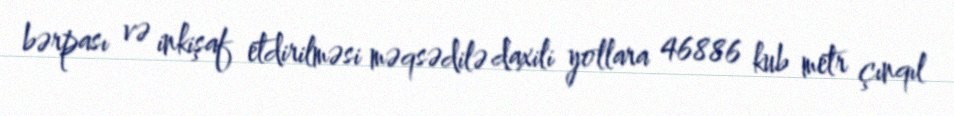
bərpası və inkişaf etdirilməsi məqsədilə daxili yollara 46886 kub metr çınqıl